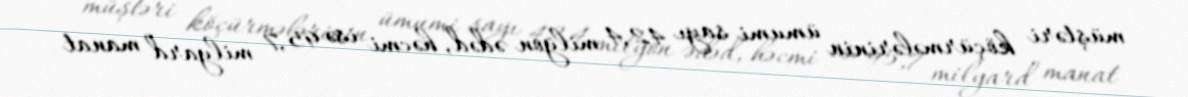
müştəri köçürmələrinin ümumi sayı 42,4 milyon ədəd, həcmi isə 95,7 milyard manat